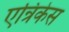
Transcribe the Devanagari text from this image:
एन्रिकेस